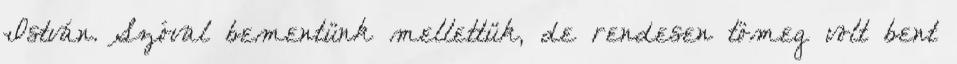
István. Szóval bementünk mellettük, de rendesen tömeg volt bent